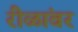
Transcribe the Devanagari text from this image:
रीळांवर